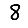
Digit: 8